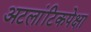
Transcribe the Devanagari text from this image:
अटलांटिकपेक्षा